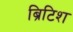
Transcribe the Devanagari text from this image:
ब्रिटिश